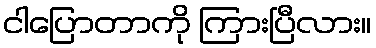
ငါပြောတာကို ကြားပြီလား။